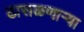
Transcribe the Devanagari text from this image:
ढासळणार्‍या